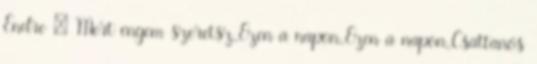
Endre : Mert engem szeretsz.,Ezen a napon.,Ezen a napon.,Csattanós